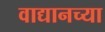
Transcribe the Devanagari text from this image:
वाद्यानच्या